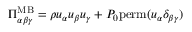
\Pi _ { \alpha \beta \gamma } ^ { \mathrm { M B } } = \rho u _ { \alpha } u _ { \beta } u _ { \gamma } + P _ { 0 } \mathrm { p e r m } ( u _ { \alpha } \delta _ { \beta \gamma } )